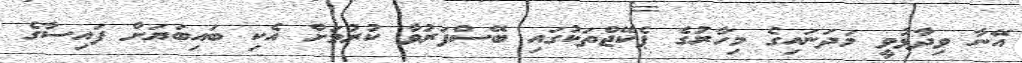
އޭނާ ވިދާޅުވީ މަދަނައިގެ މިހާރުގެ ޕެކޭޖްތަކުގައި ބޭސްފަރުވާ ކުރުމަށް އެކި ބައިބަޔަށް ފައިސާގެ